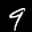
Label: 9